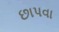
છાપવા